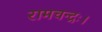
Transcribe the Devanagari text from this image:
रामचन्द्रः।